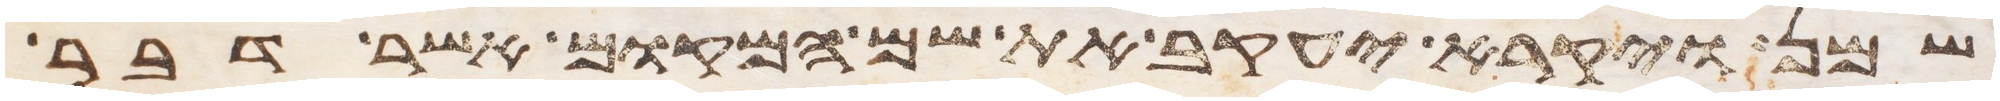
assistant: שמן ויקרא יעקב את שם המקום אשר דבר